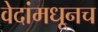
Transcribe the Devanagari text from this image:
वेदांमधूनच